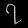
Digit: ၇